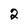
Character: 2